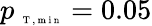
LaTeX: p_{\mathrm{~\tiny~T~,~m~i~n~}}=0.05